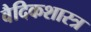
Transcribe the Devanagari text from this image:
वैदिकशास्त्र